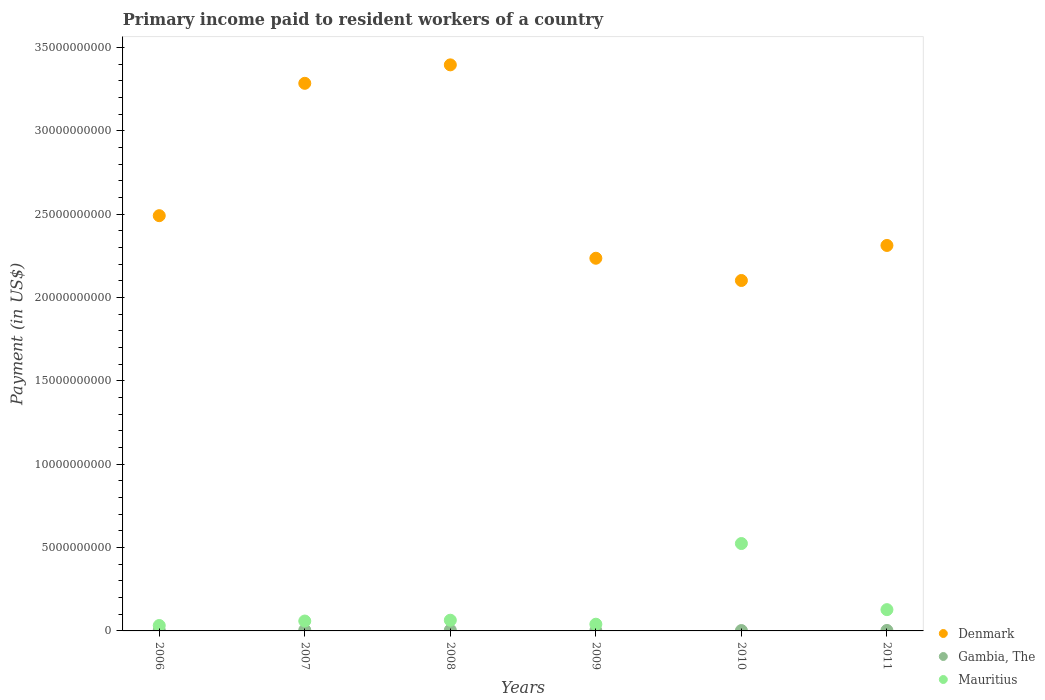
| Years | Denmark | Gambia, The | Mauritius |
 | --- | --- | --- | --- |
 | 2006 | 2.49e+10 | 4.24e+07 | 3.24e+08 |
 | 2007 | 3.29e+10 | 5.35e+07 | 5.93e+08 |
 | 2008 | 3.4e+10 | 4.72e+07 | 6.42e+08 |
 | 2009 | 2.24e+10 | 1.98e+07 | 4.03e+08 |
 | 2010 | 2.1e+10 | 2.24e+07 | 5.24e+09 |
 | 2011 | 2.31e+10 | 2.88e+07 | 1.28e+09 |